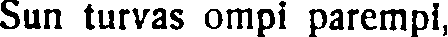
Sun turvas ompi parempi,